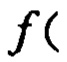
\(f(\)